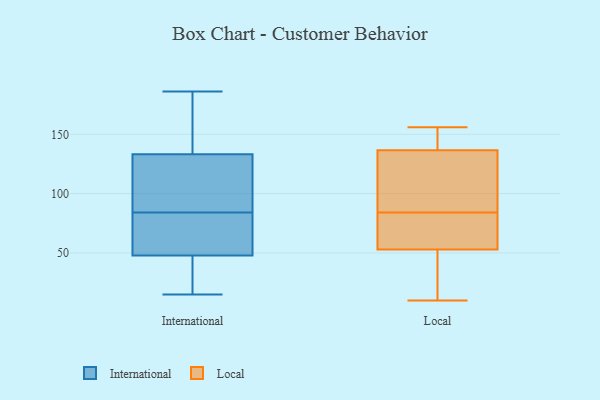
{"axis": {"x": "Humidity (%)", "y": "Value"}, "legend": ["International", "Local"], "data": [{"x": "", "y": 71, "type": "International"}, {"x": "", "y": 169, "type": "International"}, {"x": "", "y": 29, "type": "International"}, {"x": "", "y": 124, "type": "International"}, {"x": "", "y": 22, "type": "International"}, {"x": "", "y": 19, "type": "International"}, {"x": "", "y": 112, "type": "International"}, {"x": "", "y": 157, "type": "International"}, {"x": "", "y": 61, "type": "International"}, {"x": "", "y": 129, "type": "International"}, {"x": "", "y": 54, "type": "International"}, {"x": "", "y": 15, "type": "International"}, {"x": "", "y": 146, "type": "International"}, {"x": "", "y": 84, "type": "International"}, {"x": "", "y": 186, "type": "International"}, {"x": "", "y": 107, "type": "International"}, {"x": "", "y": 69, "type": "International"}, {"x": "", "y": 25, "type": "Local"}, {"x": "", "y": 57, "type": "Local"}, {"x": "", "y": 89, "type": "Local"}, {"x": "", "y": 68, "type": "Local"}, {"x": "", "y": 77, "type": "Local"}, {"x": "", "y": 21, "type": "Local"}, {"x": "", "y": 132, "type": "Local"}, {"x": "", "y": 150, "type": "Local"}, {"x": "", "y": 146, "type": "Local"}, {"x": "", "y": 156, "type": "Local"}, {"x": "", "y": 59, "type": "Local"}, {"x": "", "y": 117, "type": "Local"}, {"x": "", "y": 79, "type": "Local"}, {"x": "", "y": 135, "type": "Local"}, {"x": "", "y": 108, "type": "Local"}, {"x": "", "y": 149, "type": "Local"}, {"x": "", "y": 49, "type": "Local"}, {"x": "", "y": 10, "type": "Local"}, {"x": "", "y": 138, "type": "Local"}, {"x": "", "y": 17, "type": "Local"}]}